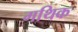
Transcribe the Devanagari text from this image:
गथिक